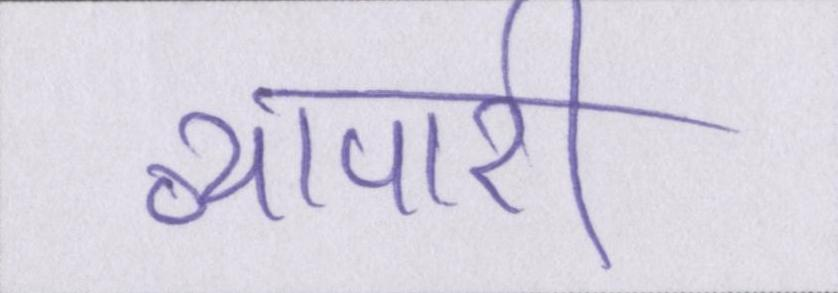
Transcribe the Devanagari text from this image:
व्यापारी